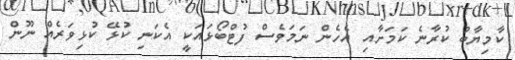
ކާމިޔާބު ކުރާނެ ކަމަށާއި އެހެން ނަމަވެސް ފުޓްބޯޅައަކީ އެކަނި ކުޅޭ ކުޅިވަރެއް ނޫން